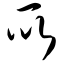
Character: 所